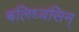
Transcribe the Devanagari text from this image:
बलिध्वंसिन्